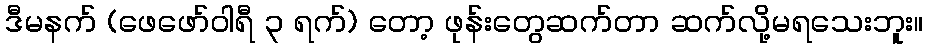
ဒီမနက် (ဖေဖော်ဝါရီ ၃ ရက်) တော့ ဖုန်းတွေဆက်တာ ဆက်လို့မရသေးဘူး။